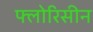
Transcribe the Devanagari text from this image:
फ्लोरिसीन